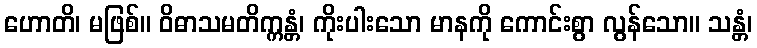
ဟောတိ၊ မဖြစ်။ ဝိဓာသမတိက္ကန္တံ၊ ကိုးပါးသော မာနကို ကောင်းစွာ လွန်သော။ သန္တံ၊